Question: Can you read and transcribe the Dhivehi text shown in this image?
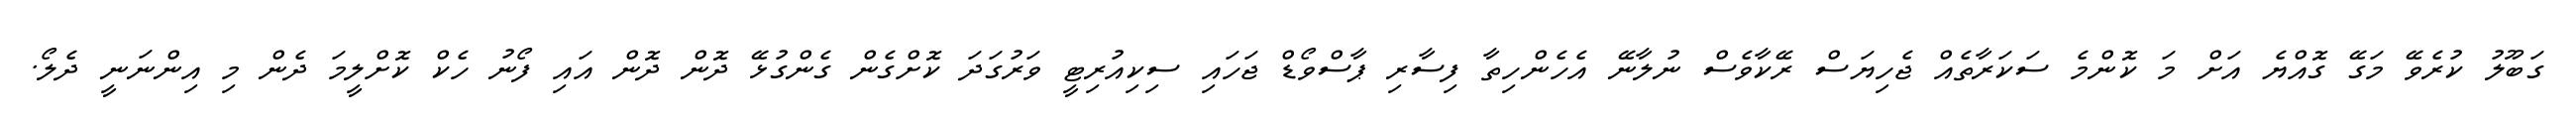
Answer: ގަބޫލު ކުރެވޭ މަގޭ ގޮއްޔެ އަށް މަ ކޮންމެ ސަކަރާތެއް ޖެހިޔަސް ރޭކާވެސް ނުލާނޭ އެހެންހިތާ ފިސާރި ޕާސްވޯޑް ޖަހައި ސިކިއުރިޓީ ވަރުގަދަ ކޮށްގެން ގެންގުޅޭ ދޮން ދޮން އައި ފޯނު ހެކް ކޮށްލީމަ ދެން މި އިންނަނީ ދެލޯ.